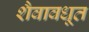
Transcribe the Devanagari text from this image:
शैवावधूत